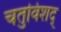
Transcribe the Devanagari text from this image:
चतुविंशद्